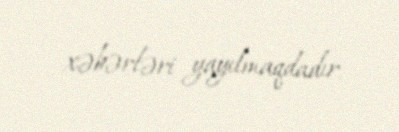
xəbərləri yayılmaqdadır.